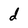
Character: d